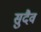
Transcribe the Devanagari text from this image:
सुदैव